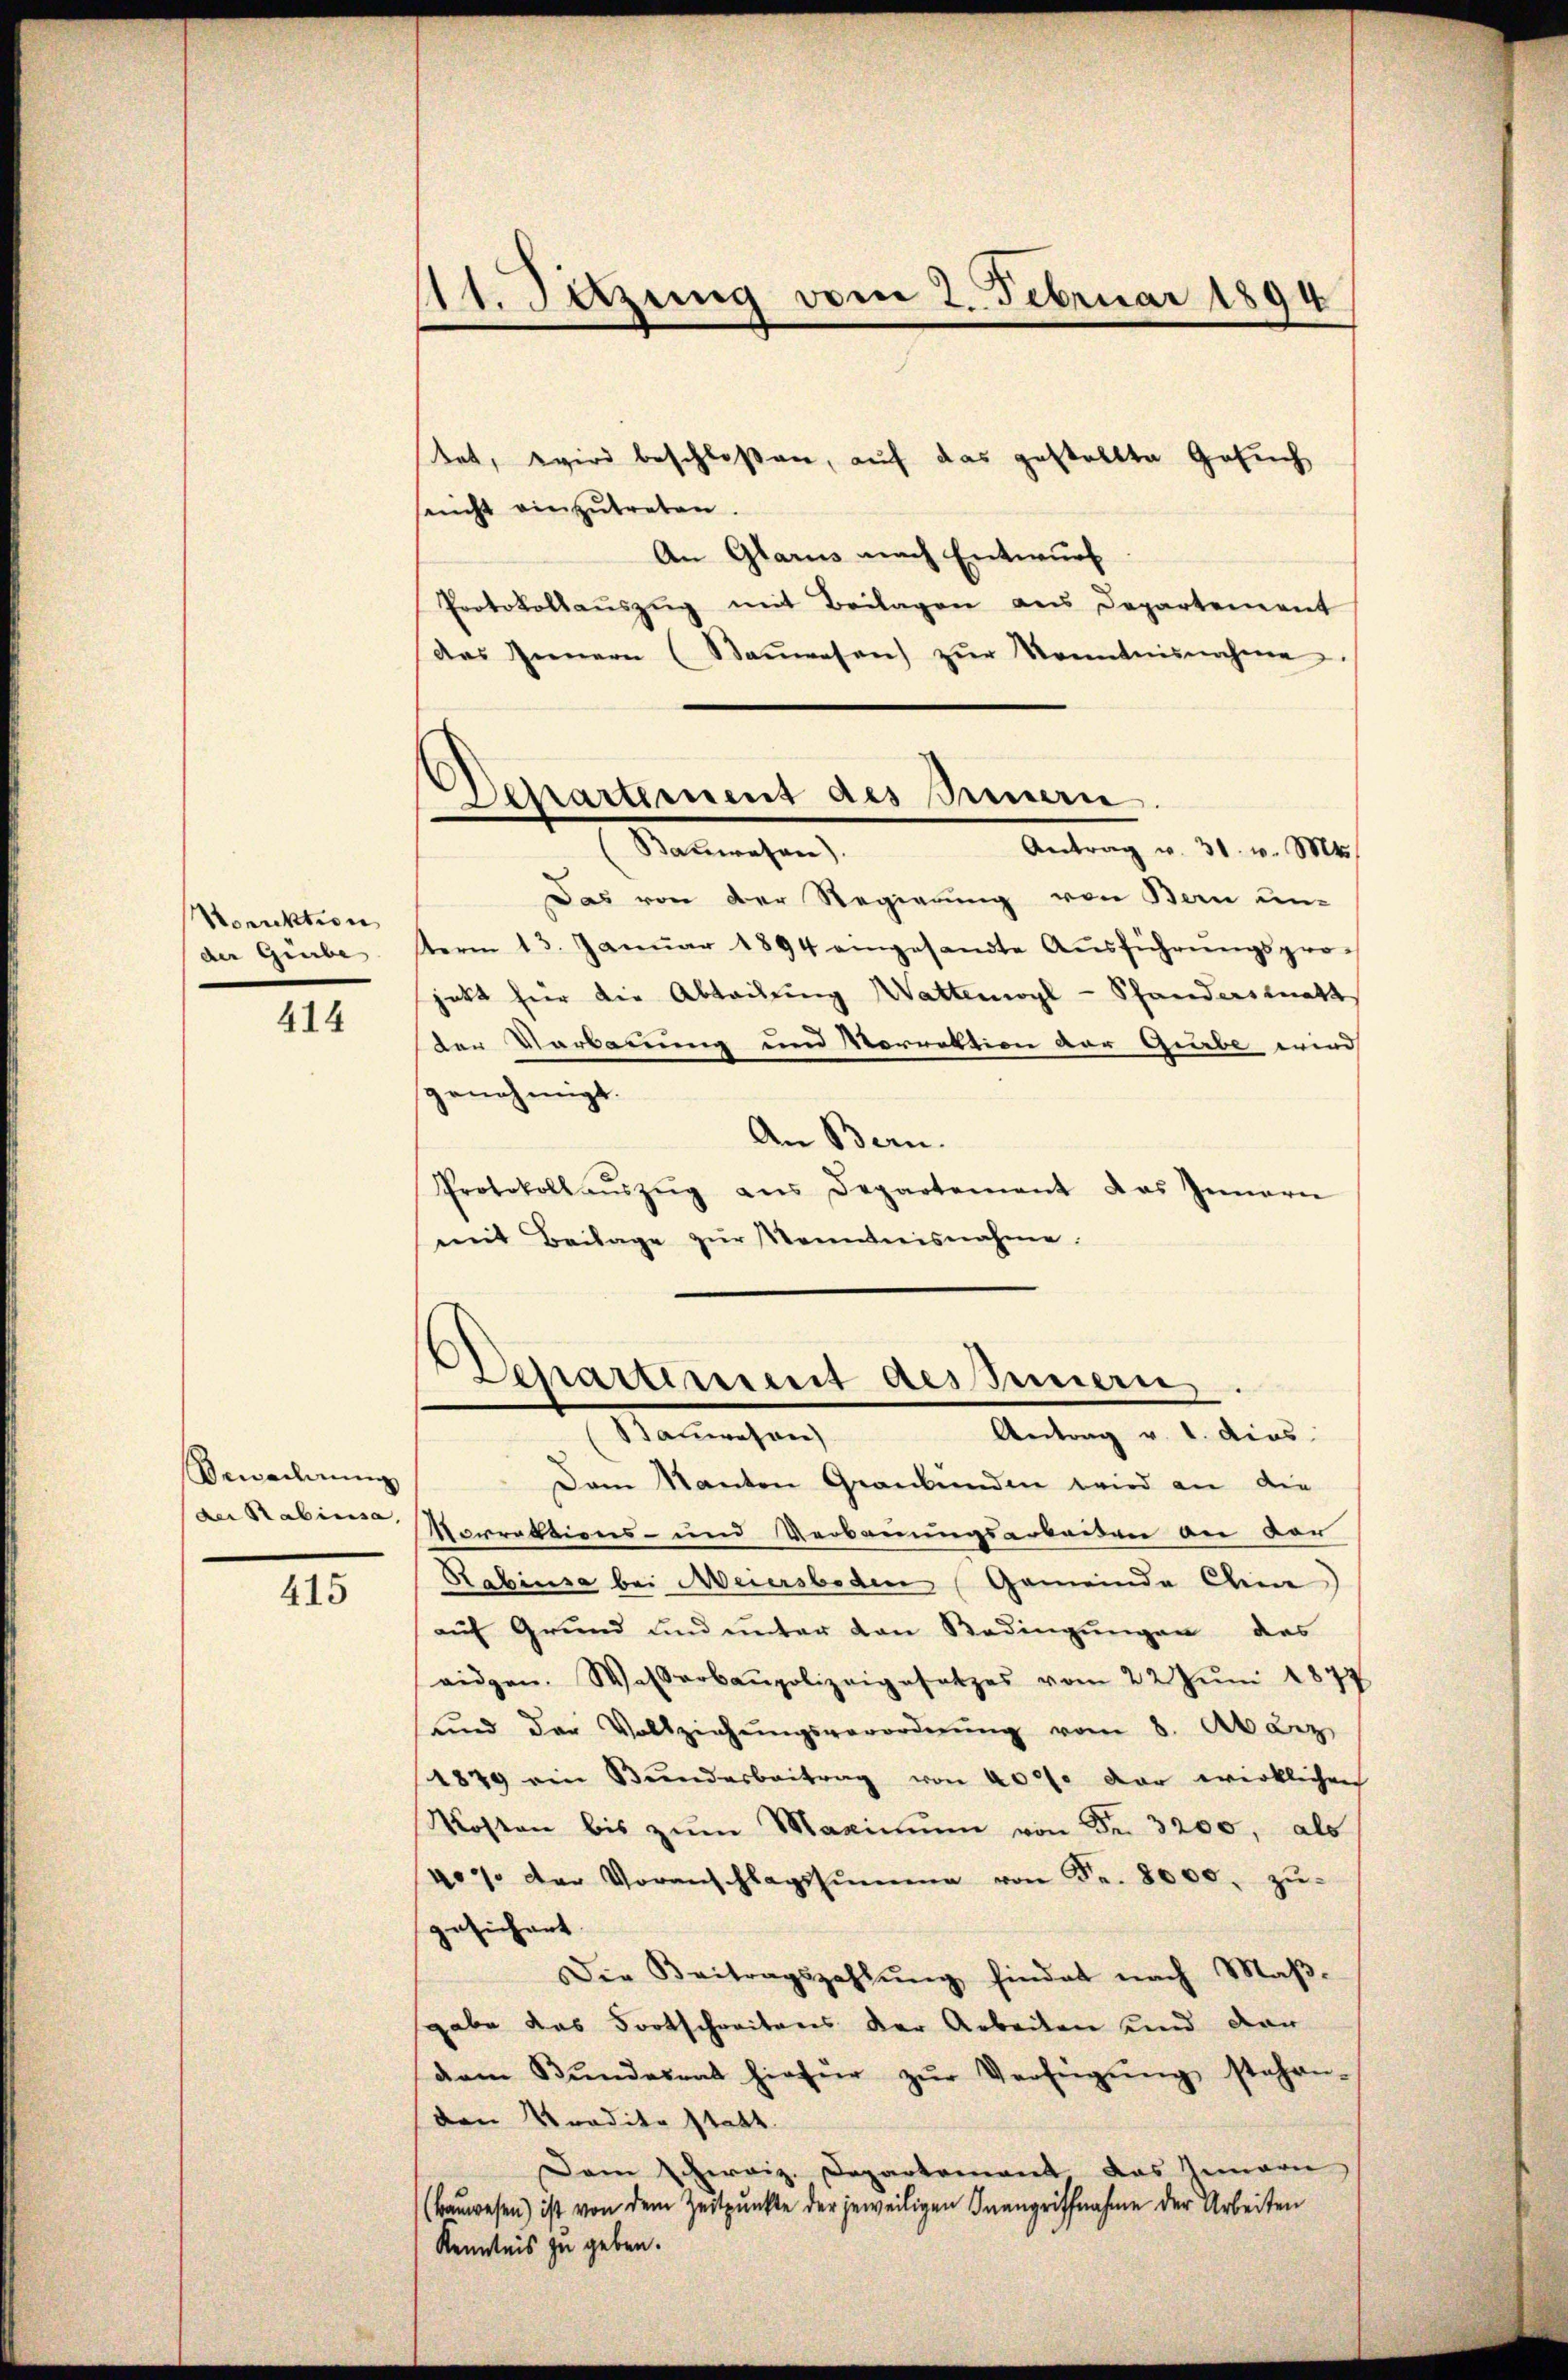
Sorrektion
der Grube

414

Bewacherung
der Stabilisa,

415

111. Sitzung vom 2. Februar 1894

tet, wird beschloßen, auf das gestellte Gesuch
seucht einzŭtreten.
An Glarus nach Entwurf
Protokollauszug mit Beilagen aus Departement
des Innern (Baŭwesen zŭr Kenntnisnahme.
Antrag v. 31. v. Mts.
Bauwesen).
Das von der Regierung von Bern un-
term 13. Januar 1894 eingesandte Aŭsführŭngsprojett hier die Abteilŭng Wattenwyl - Schanderstatt
der Verbauung und Vorrektion der Gürbe wird
genehmigt.
An Bern.
Protokoll aŭszŭg ans Departement das Innern
mit Beilage zŭr Kenntnisnahme.

Separtement des mei

Dem Kanton Graubünden wird an die
Norrektions- und Verbauungsarbeiten an der
Rabinsa bei Meiersboden Gemeinde Chin
auf Grund und unter den Bedingungen des
aidgen. Wasserbaupolizeigesetzes vom 22. Jŭni 1877
sind der Vollziehŭngsverordnŭng vom 8. Abarz
1879 ein Bŭndesbeitrag von 400. der wirklichen
Mosten bis zŭm Maximŭm von Fr. 3200, als
4o. Der Voranschlagssumme von Fr. 8000. zŭ-
gesichert.
Die Beitragszahlŭng hindet nach Maβ-
gabe das Fortschreitens der Arbeiten und dan
dem Bŭndesrat hiefür zŭr Verfügŭng stehen-
den Tradita statt.
Dem Schweiz. Departement das Semari
(Baŭwesen) ist von dem Zeitpunkte der jeweiligen Inangriffnahme der Arbeiten
Kenntnis zu geben.

Departement des Innern.
Antrag v. 1. dies
Sauwesen)